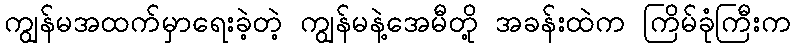
ကျွန်မအထက်မှာရေးခဲ့တဲ့ ကျွန်မနဲ့အေမီတို့ အခန်းထဲက ကြိမ်ခုံကြီးက